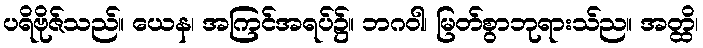
ပရိဗိုဇ်သည်။ ယေန၊ အကြင်အရပ်၌။ ဘဂဝါ၊ မြတ်စွာဘုရားသ်ည။ အတ္ထိ၊